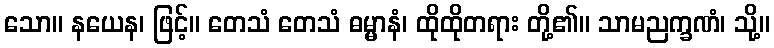
သော။ နယေန၊ ဖြင့်။ တေသံ တေသံ ဓမ္မာနံ၊ ထိုထိုတရား တို့၏။ သာမညက္ခဏံ၊ သို့။